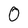
Character: 0